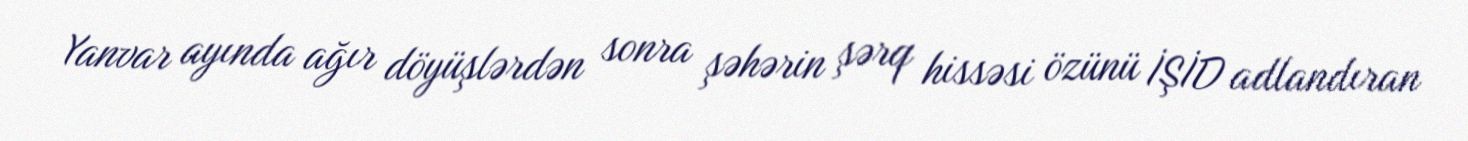
Yanvar ayında ağır döyüşlərdən sonra şəhərin şərq hissəsi özünü İŞİD adlandıran